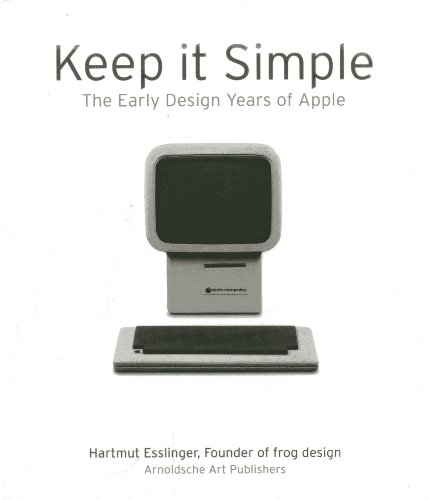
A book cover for Keep It Simple: The Early Design Years of Apple; Hartmut Esslinger; Computers & Technology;